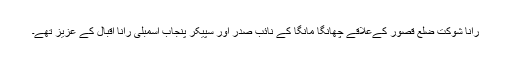
رانا شوکت ضلع قصور کےعلاقے چھانگا مانگا کے نائب صدر اور سپیکر پنجاب اسمبلی رانا اقبال کے عزیز تھے۔